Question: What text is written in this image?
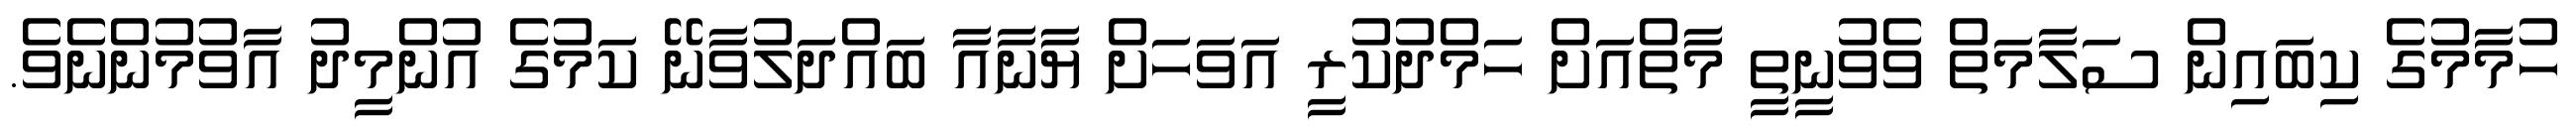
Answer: ހުމާމުގެ ކިބައިން ސަލާމަތް ވެވުނީތީ މާތްއަށް ހަމްދުކުރީ އަވަހަށް ޔާނާއާ ބައްދަލުވާނޭ ކަމުގެ އުންމީދު އާވުމުންނެވެ.